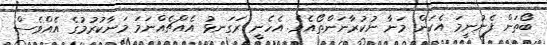
ބޯތަން ފެނުނީމަ އެކަން މަނާ ނުކުރާނަންތޯއެވެ. އެހެނީ ރަގަނޅު އެއްޗެއްނަމަ މަނާކުރުމުގެ އެއްވެސް